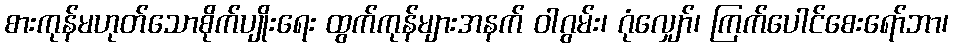
စားကုန်မဟုတ်သောစိုက်ပျိုးရေး ထွက်ကုန်များအနက် ဝါဂွမ်း၊ ဂုံလျှော်၊ ကြက်ပေါင်စေးရော်ဘာ၊